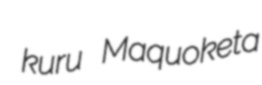
kuru Maquoketa